Indian journal of veterinary science and animal husbandry - Volume 6,
Year: 1936
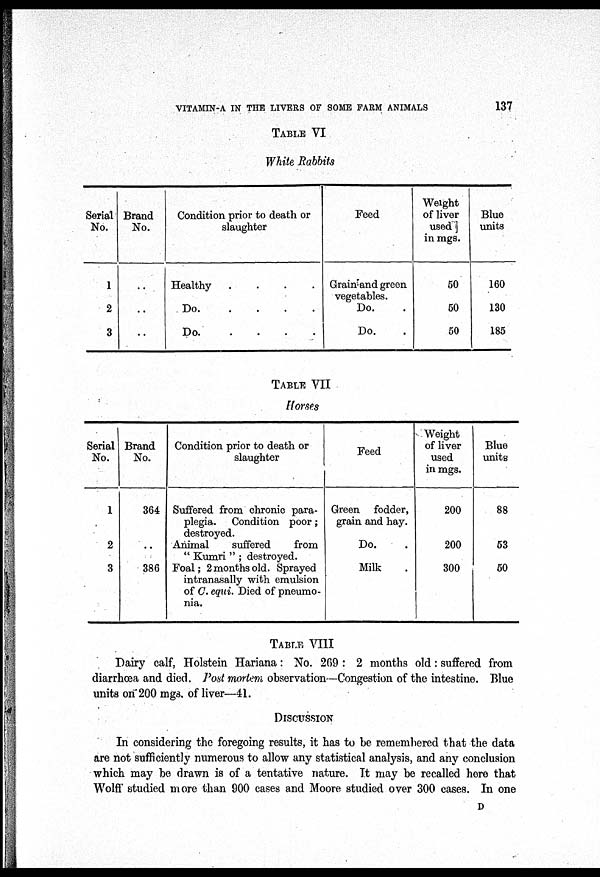
VITAMIN-A IN THE LIVERS OF SOME FARM ANIMALS
137
TABLE VI
White Rabbits
Serial
No.
1
2
3
Brand
No.
..
..
..
Condition prior to death or
slaughter
Healthy
.
.
.
.
Do.
.
.
.
.
Do.
.
.
.
.
Feed
Grain and green
vegetables.
Do. .
Do. .
Weight
of liver
used
in mgs.
50
50
50
Blue
units
160
130
185
TABLE VII
Horses
Serial
No.
1
2
3
Brand
No.
364
. .
386
Condition prior to death or
slaughter
Suffered from chronic para-
plegia.
Condition poor;
destroyed.
Animal
suffered
from
" Kumri " ; destroyed.
Foal; 2 months old. Sprayed
intranasally with emulsion
of C. equi. Died of pneumo-
nia.
Feed
Green
fodder,
grain and hay.
Do. .
Milk .
Weight
of liver
used
in mgs.
200
200
300
Blue
units
88
53
50
TABLE VIII
Dairy calf, Holstein Hariana: No. 269 : 2 months old : suffered from
diarrhœa and died. Post mortem observation—Congestion of the intestine. Blue
units on 200 mgs. of liver—41.
DISCUSSION
In considering the foregoing results, it has to be remembered that the data
are not sufficiently numerous to allow any statistical analysis, and any conclusion
which may be drawn is of a tentative nature. It may be recalled here that
Wolff studied more than 900 cases and Moore studied over 300 cases. In one
D